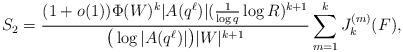
LaTeX: \begin{align*}S_2 = \frac{(1 + o(1)) \Phi(W)^k |A(q^\ell)| (\frac{1}{\log q} \log R)^{k+1}}{\big(\log|A(q^{\ell})|\big) |W|^{k+1}} \sum_{m = 1}^k J_k^{(m)}(F),\end{align*}